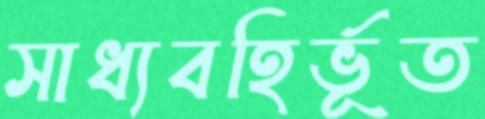
সাধ্যবহির্ভূত